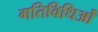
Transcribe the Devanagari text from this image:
गतिविधिओं